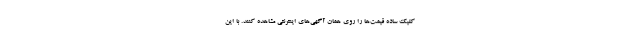
کلیک ساده قیمت‌ها را روی همان آگهی‌های اینترنتی مشاهده کنند. با این